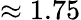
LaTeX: \approx 1.75